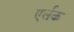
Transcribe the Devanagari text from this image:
एर्लक